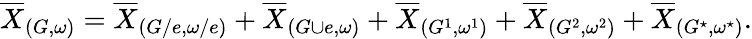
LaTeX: \begin{array}{r}{\overline{{X}}_{(G,\omega)}=\overline{{X}}_{(G/e,\omega/e)}+\overline{{X}}_{(G\cup e,\omega)}+\overline{{X}}_{(G^{1},\omega^{1})}+\overline{{X}}_{(G^{2},\omega^{2})}+\overline{{X}}_{(G^{\star},\omega^{\star})}.}\end{array}